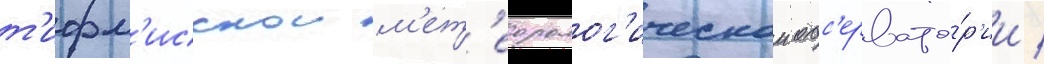
т'ифл'исскои м'ет'еоролог'ическои обс'ервато́р'ии /